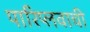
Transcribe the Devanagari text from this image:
पारिप्लवाची